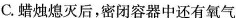
C.蜡烛熄灭后，密闭容器中还有氧气